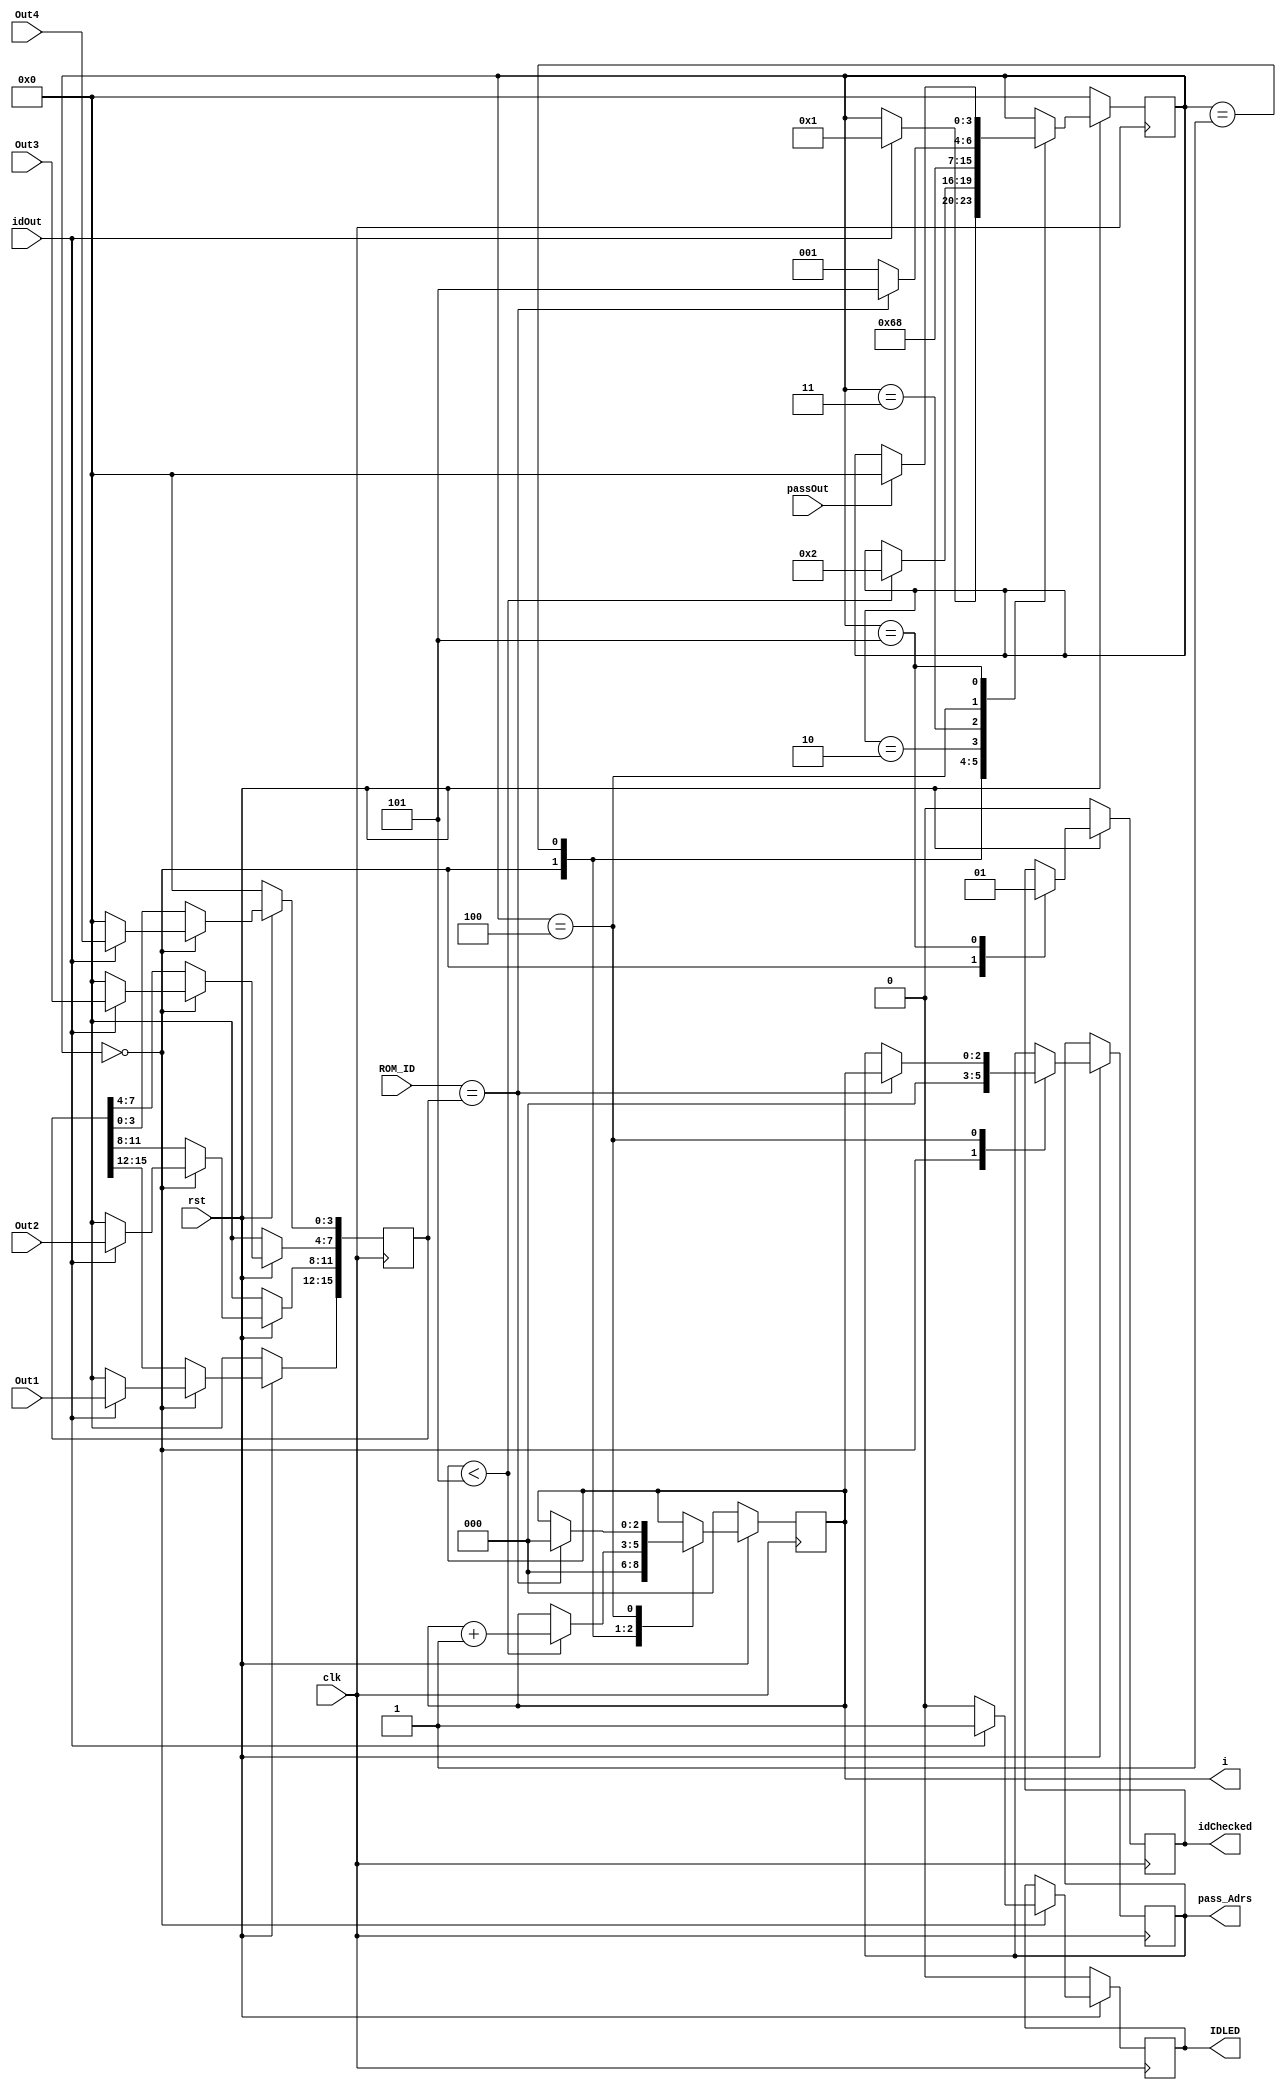
//IN ROM ID WE HAVE [2:0] INPUT AND [3:0] OUTPUT
module idManager(clk, rst, idOut, passOut, Out1, Out2, Out3, Out4, ROM_ID, idChecked, pass_Adrs,i, IDLED);
  input clk, rst, idOut, passOut;
  input [3:0] Out1, Out2, Out3, Out4;
  input [15:0] ROM_ID;
  
  output idChecked, IDLED;
  reg idChecked, IDLED;
  output [2:0] pass_Adrs,i;
  reg [2:0] pass_Adrs,i;
  
  reg [15:0] ID;
  //reg [2:0] i;
  
  parameter INITIAL = 0, ST1 = 1, ST2 = 2, ST3 = 3, ST4 = 4, ST5 = 5;
  reg [3:0] State, counter;
  
  always@(posedge clk)
  begin
    if(rst == 0)
    begin
      i <= 3'b000;
		idChecked <= 0;
		IDLED <= 0;
      ID <= 16'h0000;
      //passOut <= 0;
      State <=INITIAL;
    end
    else
    begin
      case(State)
      INITIAL:
      begin 
        pass_Adrs <= 0;
        idChecked <= 0;
		  IDLED <= 0;
        i <= 3'b000;
        ID <= 16'h0000;

        if(idOut == 1)
        begin
		    IDLED <= 1;
          ID[15:12] <= Out1;ID[11:8] <= Out2;ID[7:4] <= Out3;ID[3:0] <= Out4;
          State <= ST1;
        end
      end
      ST1:
      begin
        if(i < 5)
        begin
          i <= i+1;
          State <= ST2;
        end
      end
		ST2: 
		begin
		  State <= ST3;
		end
		ST3: 
		begin
		  State <= ST4;
		end
		
      ST4:
      begin
        if(ROM_ID == ID)
        begin
          i <= 0;
          pass_Adrs <= i;
          State <= ST5;
        end
        else
        begin
          State <= ST1;
        end
        /*pass_Adrs <= q; 
        idChecked <= 1;
        if(passOut == 1)
        begin
          State <= ST2;
        end*/
      end
      ST5:
      begin
        idChecked <= 1;
        if(passOut == 1)
        begin
          State <= INITIAL;
        end
      end
      
      endcase
    end
  end
endmodule